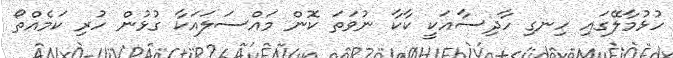
ހުޅުމާލޭގައި ހިނގި ހާދިސާއަކީ ކާކާ ނުވަތަ ކޮން މައްސަލައަކާ ގުޅުން ހުރި ކަމެއްތޯ